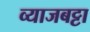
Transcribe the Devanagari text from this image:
व्याजबट्टा